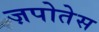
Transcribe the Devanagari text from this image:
ज़पोतेस